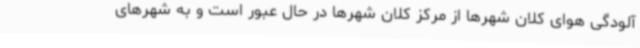
آلودگی هوای کلان شهرها از مرکز کلان شهرها در حال عبور است و به شهرهای